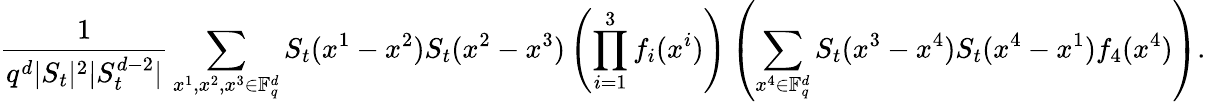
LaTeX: \frac{1}{q^{d}|S_{t}|^{2}|S_{t}^{d-2}|}\sum_{x^{1},x^{2},x^{3}\in\mathbb F_{q}^{d}}S_{t}(x^{1}-x^{2})S_{t}(x^{2}-x^{3})\left(\prod_{i=1}^{3}f_{i}(x^{i})\right)\left(\sum_{x^{4}\in\mathbb F_{q}^{d}}S_{t}(x^{3}-x^{4})S_{t}(x^{4}-x^{1})f_{4}(x^{4})\right).